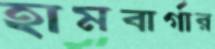
হামবার্গার